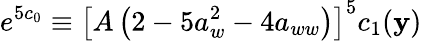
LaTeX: e^{5c_{0}}\equiv\left[A\left(2-5a_{w}^{2}-4a_{ww}\right)\right]^{5}c_{1}(\mathbf{y})